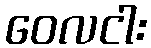
ဝေလငါး